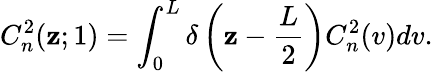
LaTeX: C_{n}^{2}(\mathbf{z};1)=\int_{0}^{L}\delta\left(\mathbf{z}-\frac{{L}}{{2}}\right)C_{n}^{2}(v)dv.